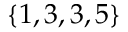
\{ 1 , 3 , 3 , 5 \}